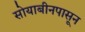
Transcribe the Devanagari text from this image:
सोयाबीनपासून